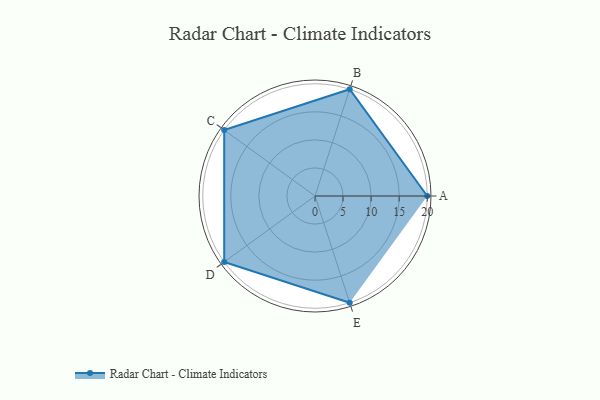
{"axis": {"x": "Skill", "y": "Score"}, "legend": ["Profile"], "data": [{"x": "A", "y": 20, "type": "Profile"}, {"x": "B", "y": 20, "type": "Profile"}, {"x": "C", "y": 20, "type": "Profile"}, {"x": "D", "y": 20, "type": "Profile"}, {"x": "E", "y": 20, "type": "Profile"}]}